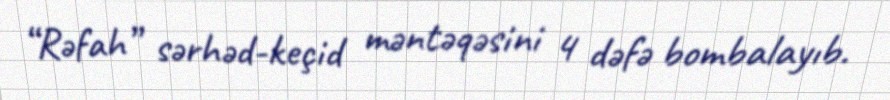
“Rəfah” sərhəd-keçid məntəqəsini 4 dəfə bombalayıb.